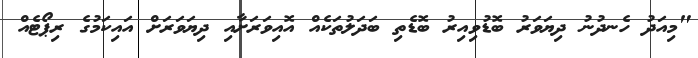
"މިއަދު ހެނދުނު ދިޔަވަރު ބޮޑުވިއިރު ބޮޑެތި ބަދަލުތަކެއް އޮއިވަރަށާއި ދިޔަވަރަށް އައިކަމުގެ ރިޕޯޓެއް